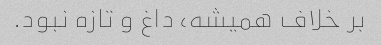
بر خلاف همیشه، داغ و تازه نبود.